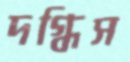
দগ্ধিস